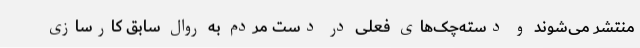
منتشر می‌شوند و دسته‌چک‌های فعلی در دست مردم به روال سابق کارسازی